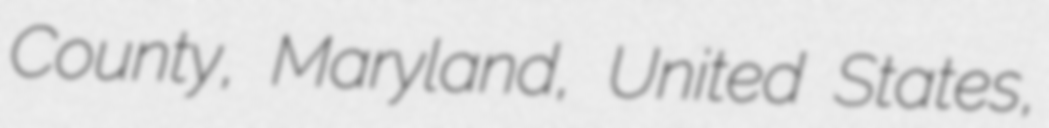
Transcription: County, Maryland, United States,